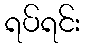
ရပ်ရင်း